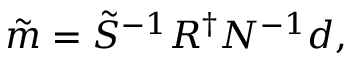
\tilde { m } = \tilde { S } ^ { - 1 } R ^ { \dagger } N ^ { - 1 } d ,